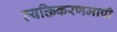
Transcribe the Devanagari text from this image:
व्यक्तिकरणमापी